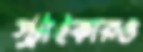
স্ট্রাইকারও